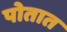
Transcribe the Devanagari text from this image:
पोतात